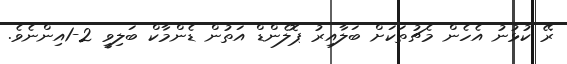
ރޭ ކުޅުނު އެހެން މެޗުތަކަށް ބަލާއިރު ޕޮލެންޑް އަތުން ޑެންމާކް ބަލިވީ 2-1އިންނެވެ.